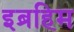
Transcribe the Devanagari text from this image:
इब्रहिम